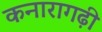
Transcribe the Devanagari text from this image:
कनारागढ़ी